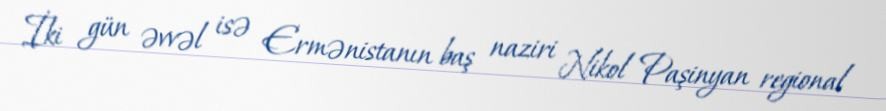
İki gün əvvəl isə Ermənistanın baş naziri Nikol Paşinyan regional